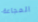
المجاعة